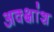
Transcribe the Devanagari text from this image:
अक्क्षांश